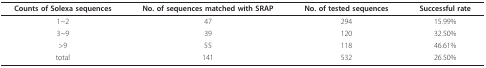
| Counts of Solexa sequences | No. of sequences matched with SRAP | No. of tested sequences | Successful rate |
 | --- | --- | --- | --- |
 | 1~2 | 47 | 294 | 15.99% |
 | 3~9 | 39 | 120 | 32.50% |
 | >9 | 55 | 118 | 46.61% |
 | total | 141 | 532 | 26.50% |